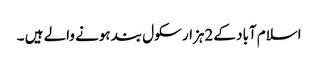
اسلام آباد کے 2ہزار سکول بند ہونے والے ہیں ۔